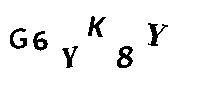
G6YK8Y